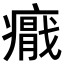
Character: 𭼪